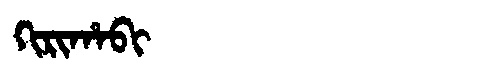
Manchu: ᡴᡳᡵᡳᡥᠠᠪᡳ
Romanization: KIRIHABI